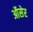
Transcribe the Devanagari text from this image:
ऑसेर